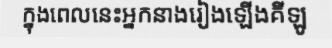
ក្នុងពេលនេះអ្នកនាងរៀងឡើងគីឡូ